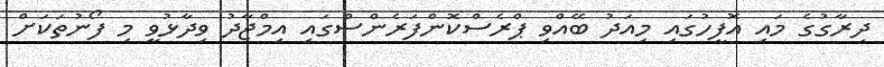
ދިރާގުގެ މައި އޮފީހުގައި މިއަދު ބޭއްވި ޕްރެސްކޮންފަރެންސްގައި އިމްޖާދު ވިދާޅުވީ މި ފޯނުތަކަަށް